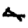
Digit: 4